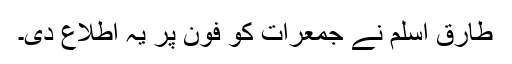
طارق اسلم نے جمعرات کو فون پر یہ اطلاع دی۔